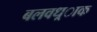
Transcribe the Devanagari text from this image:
बलवध्र्ाक